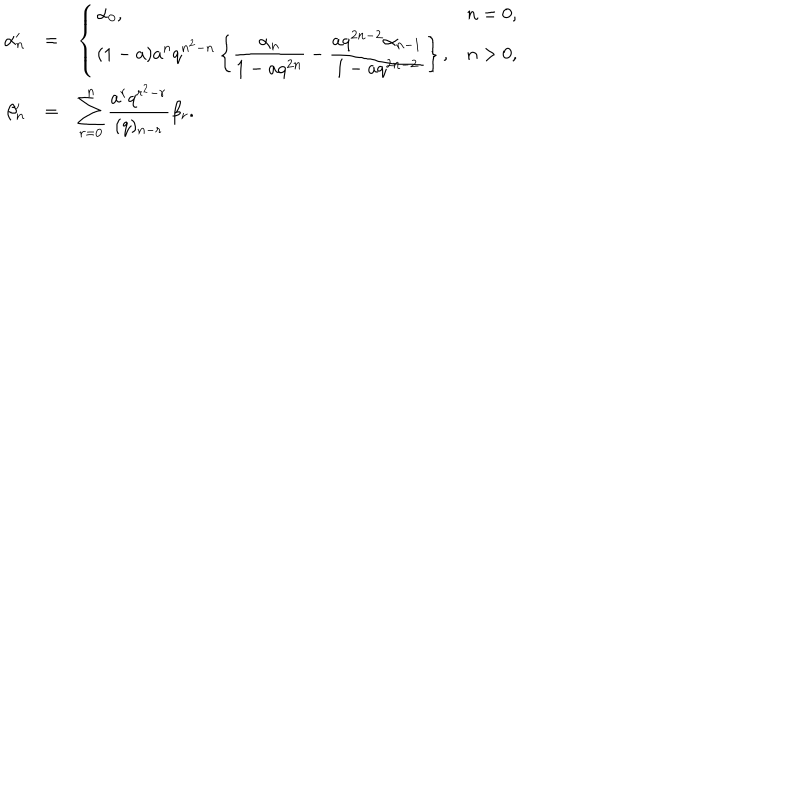
LaTeX: \begin{array} { r c l } { { \alpha _ { n } ^ { \prime } } } & { { = } } & { { \left\{ \begin{array} { l l } { { \alpha _ { 0 } , } } & { { n = 0 , } } \\ { { \displaystyle ( 1 - a ) a ^ { n } q ^ { n ^ { 2 } - n } \left\{ \frac { \alpha _ { n } } { 1 - a q ^ { 2 n } } - \frac { a q ^ { 2 n - 2 } \alpha _ { n - 1 } } { 1 - a q ^ { 2 n - 2 } } \right\} , } } & { { n > 0 , } } \\ \end{array} \right. } } \\ { { \beta _ { n } ^ { \prime } } } & { { = } } & { { \displaystyle \sum _ { r = 0 } ^ { n } \frac { a ^ { r } q ^ { r ^ { 2 } - r } } { ( q ) _ { n - r } } \beta _ { r } . } } \\ \end{array}